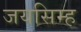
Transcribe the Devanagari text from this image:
जयसिम्ह